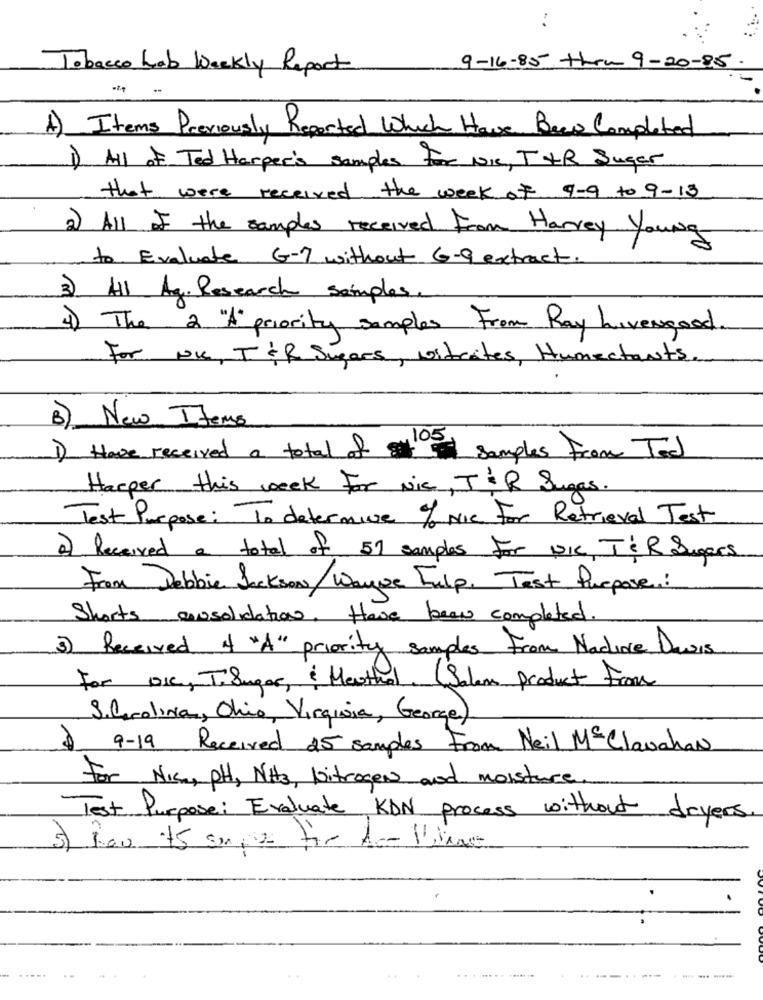
..
Tobacco Lab Weekly Report
9-16-85 thru 9-20-85.
1) Items Previously Reported Which Have Been Completed
1) All of Ted Harper's samples for Nie, THR Suger
that were received the week of 9-9 to 9-13
2) All of the samples received From Harrey Young
to Evaluate G-7 without 6-9 extract.
3) All Ag. Research samples.
4) The 2 "A" priority samples From Ray hivergood.
For Now, T&R Sugars, wstrates, Humectants.
B) New Items
1) Have received a total of samples From Tod
Harper this week For Nic, IR Sugas.
Test Purpose: To determine % Nie For Retrieval Test
2) Received a total of 57 samples for PIC T& R Sugars
From Debbie Jackson/Wayne hulp, Test Purpose:
Shorts consolidation, Have been completed.
3) Received of "A" priority samples From Nature Dawis
For DIC, T. Sugar, & Meuthal. (Salam Product From
S.Carolina, Ohio, Virginia, George)
$ 9-19 Received 25 samples From Neil M& Clavahan
For Nice, PH, NH3, Nitrogen and moisture.
Test Purpose: Evaluate KDN process without dryers.
.-----
..... .....